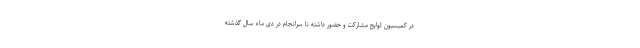
در کمیسیون لوایح مشارکت و حضور داشته تا سرانجام در دی ماه سال گذشته